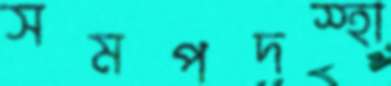
সমপদস্হা